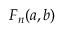
F _ { n } ( a , b )